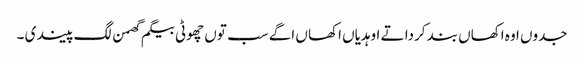
جدوں اوہ اکھاں بند کردا تے اوہدیاں اکھا ں اگے سب توں چھوٹی بیگم گھمن لگ پیندی ۔